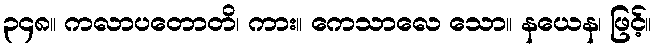
၃၄၈။ ကလာပတောတိ၊ ကား။ ကေသာလေ သော။ နယေန၊ ဖြင့်။